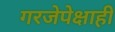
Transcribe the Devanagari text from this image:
गरजेपेक्षाही